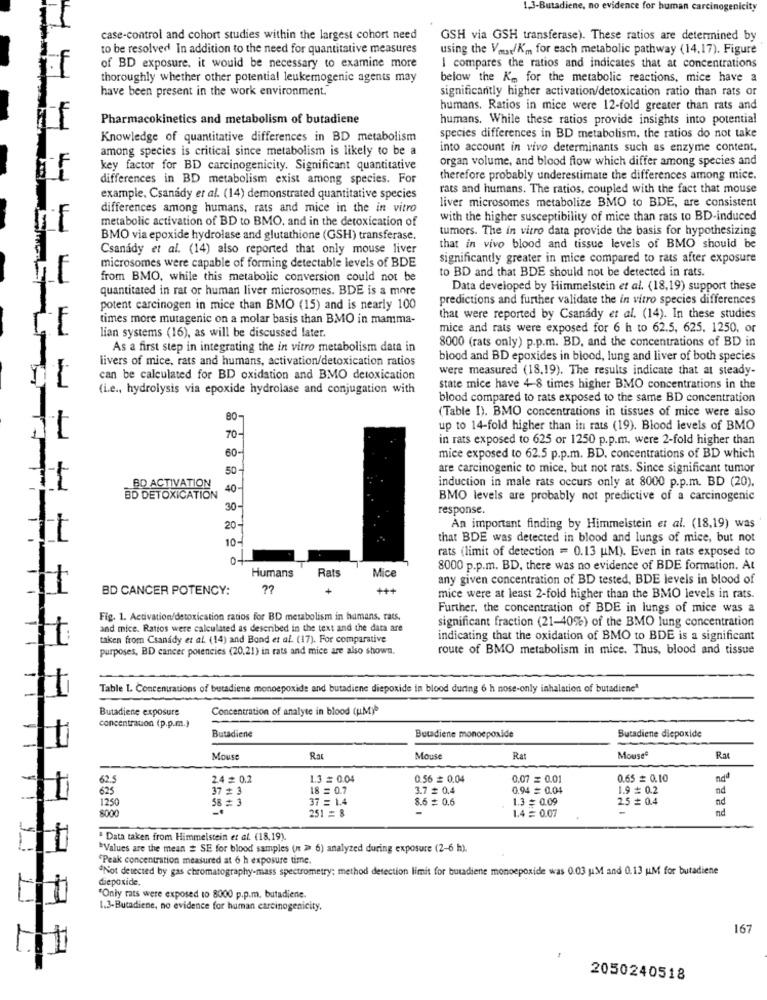
1.3-Butadiene, no evidence for human carcinogenicity
case-control and cohort studies within the largest cohort need
GSH via GSH transferase). These ratios are determined by
to be resolved In addition to the need for quantitative measures
using the Vm/Km for each metabolic pathway (14,17). Figure
of BD exposure. it would be necessary to examine more
I compares the ratios and indicates that at concentrations
thoroughly whether other potential leukemogenic agents may
below the K'm, for the metabolic reactions, mice have a
have been present in the work environment.
significantly higher activation/detoxication ratio than rats or
humans. Ratios in mice were 12-fold greater than rats and
if
Pharmacokinetics and metabolism of butadiene
humans. While these ratios provide insights into potential
Knowledge of quantitative differences in BD metabolism
species differences in BD metabolism, the ratios do not take
among species is critical since metabolism is likely to be a
into account in vivo determinants such as enzyme content,
organ volume, and blood flow which differ among species and
key factor for BD carcinogenicity. Significant quantitative
differences in BD metabolism exist among species. For
therefore probably underestimate the differences among mice.
rats and humans. The ratios, coupled with the fact that mouse
example. Csanády et al. (14) demonstrated quantitative species
liver microsomes metabolize BMO to BDE, are consistent
differences among humans, rats and mice in the in vitro
metabolic activation of BD to BMO, and in the detoxication of
with the higher susceptibility of mice than rats to BD-induced
tumors. The in vitro data provide the basis for hypothesizing
BMO via epoxide hydrolase and glutathione (GSH) transferase.
Csanady et al. (14) also reported that only mouse liver
that in vivo blood and tissue levels of BMO should be
microsomes were capable of forming detectable levels of BDE
significantly greater in mice compared to rats after exposure
to BD and that BDE should not be detected in rats.
from BMO, while this metabolic conversion could not be
quantitated in rat or human liver microsomes. BDE is a more
Data developed by Himmelstein et al. (18,19) support these
predictions and further validate the in vitro species differences
potent carcinogen in mice than BMO (15) and is nearly 100
times more mutagenic on a molar basis than BMO in mamma-
that were reported by Csanady et al. (14). In these studies
mice and rats were exposed for 6 h to 62.5, 625. 1250, or
lian systems (16), as will be discussed later.
8000 (rats only) p.p.m. BD, and the concentrations of BD in
As a first step in integrating the in vitro metabolism data in
livers of mice, rats and humans, activation/detoxication ratios
blood and BD epoxides in blood, lung and liver of both species
were measured (18,19). The results indicate that at steady-
can be calculated for BD oxidation and BMO detoxication
-----
(i.e ., hydrolysis via epoxide hydrolase and conjugation with
state mice have 4-8 times higher BMO concentrations in the
blood compared to rats exposed to the same BD concentration
(Table I). BMO concentrations in tissues of mice were also
80-
up to 14-fold higher than in rats (19). Blood levels of BMO
70
in rats exposed to 625 or 1250 p.p.m. were 2-fold higher than
60
1
mice exposed to 62.5 p.p.m. BD. concentrations of BD which
50
are carcinogenic to mice, but not rats. Since significant tumor
induction in male rats occurs only at 8000 p.p.m. BD (20).
BD ACTIVATION
40
BD DETOXICATION
BMO levels are probably not predictive of a carcinogenic
30
response.
20
An important finding by Himmelstein et al. (18,19) was
10-
that BDE was detected in blood and lungs of mice, but not
rats (limit of detection = 0.13 UM). Even in rats exposed to
0+
Rats
Mice
8000 p.p.m. BD, there was no evidence of BDE formation. At
Humans
any given concentration of BD tested, BDE levels in blood of
BD CANCER POTENCY:
mice were at least 2-fold higher than the BMO levels in rats.
Further, the concentration of BDE in lungs of mice was a
Fig. 1. Activation/detoxication ratios for BD metabolism in humans, rats.
significant fraction (21-40%) of the BMO lung concentration
and mice. Ratios were calculated as described in the text and the data are
taken from Csanady et al. (14) and Bond et al. (17). For comparative
indicating that the oxidation of BMO to BDE is a significant
purposes, BD cancer potencies (20.21) in rats and mice are also shown.
route of BMO metabolism in mice. Thus, blood and tissue
Table 1. Concentrations of butadiene monoepoxide and butadiene diepoxide in blood during 6 h nose-only inhalation of butadieneª
Butadiene exposure
Concentration of analyte in blood (u.M).
concentration (p.p.m.)
Butadiene
Butadiene monoepoxide
Butadiene diepoxide
Mouse
Rat
Mouse
Rat
Mouse
Rat
62.5
24 = 0.2
1.3 = 0.04
0.56 # 0.04
0,07 = 0.01
0.65 = 0.10
ndd
625
37 = 3
18 = 0.7
3.7 # 0.4
0.94 = 0.04
1.9 0.2
nd
1250
58 3
37 = 1.4
8.6 = 0.6
1.3 = 0.09
2.5 = 0.4
nd
8000
251 = 8
1.4 = 0.07
nd
Data taken from Himmelstein et al. (18.19).
"Values are the mean # SE for blood samples (n > 6) analyzed during exposure (2-6 h).
"Peak concentration measured at 6 h exposure time.
Not detected by gas chromatography-mass spectrometry; method detection limit for butadiene monoepoxide was 0.03 uM and 0.13 UM for butadiene
diepoxide.
11
"Only rats were exposed to 8000 p.p.m. butadiene.
1.3-Butadiene, no evidence for human carcinogenicity.
167
1
2050240518